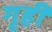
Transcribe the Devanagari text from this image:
गृहीं